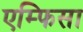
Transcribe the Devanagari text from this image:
एम्फिसा